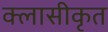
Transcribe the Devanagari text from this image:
क्लासीकृत